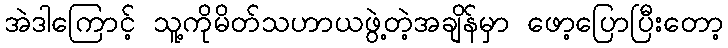
အဲဒါကြောင့် သူ့ကိုမိတ်သဟာယဖွဲ့တဲ့အချိန်မှာ ဖော့ပြောပြီးတော့